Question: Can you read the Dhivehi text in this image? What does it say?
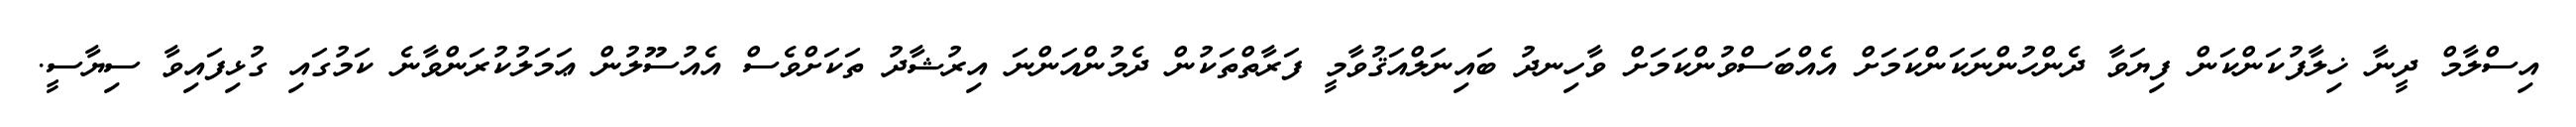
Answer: އިސްލާމް ދީނާ ޚިލާފުކަންކަން ފިޔަވާ ދެންހުންނަކަންކަމަށް އެއްބަސްވުންކަމަށް ވާހިނދު ބައިނަލްއަޤުވާމީ ފަރާތްތަކުން ދެމުންއަންނަ އިރުޝާދު ތަކަށްވެސް އެއުސޫލުން ޢަމަލުކުރަންވާނެ ކަމުގައި ގުޅިފައިވާ ސިޔާސީ.